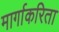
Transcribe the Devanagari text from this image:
मार्गाकरिता